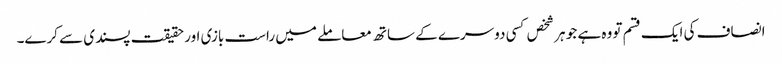
انصاف کی ایک قسم تو وہ ہے جو ہر شخص کسی دوسرے کے ساتھ معاملے میں راست بازی اور حقیقت پسندی سے کرے۔